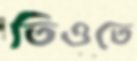
তিওতে